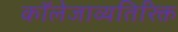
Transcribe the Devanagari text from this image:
कॉलेजाव्यतिरिक्त